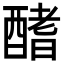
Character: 𨢍